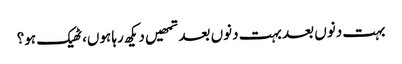
بہت دنوں بعد بہت دنوں بعد تمھیں دیکھ رہا ہوں،ٹھیک ہو؟